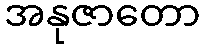
အနုဇာတော